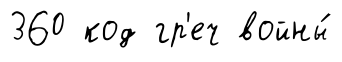
360 код гр'еч войны́